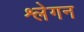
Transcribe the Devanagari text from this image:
श्लेगन